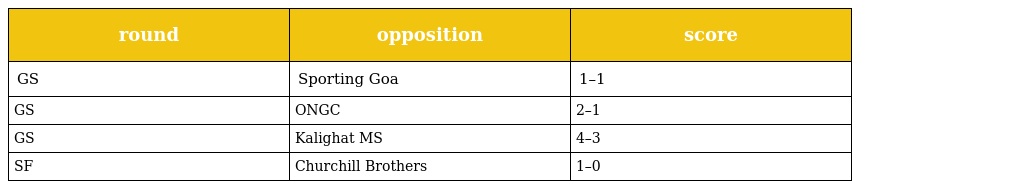
| round | opposition | score |
 | --- | --- | --- |
 | GS | Sporting Goa | 1–1 |
 | GS | ONGC | 2–1 |
 | GS | Kalighat MS | 4–3 |
 | SF | Churchill Brothers | 1–0 |